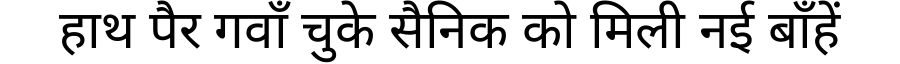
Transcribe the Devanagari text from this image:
हाथ पैर गवाँ चुके सैनिक को मिली नई बाँहें